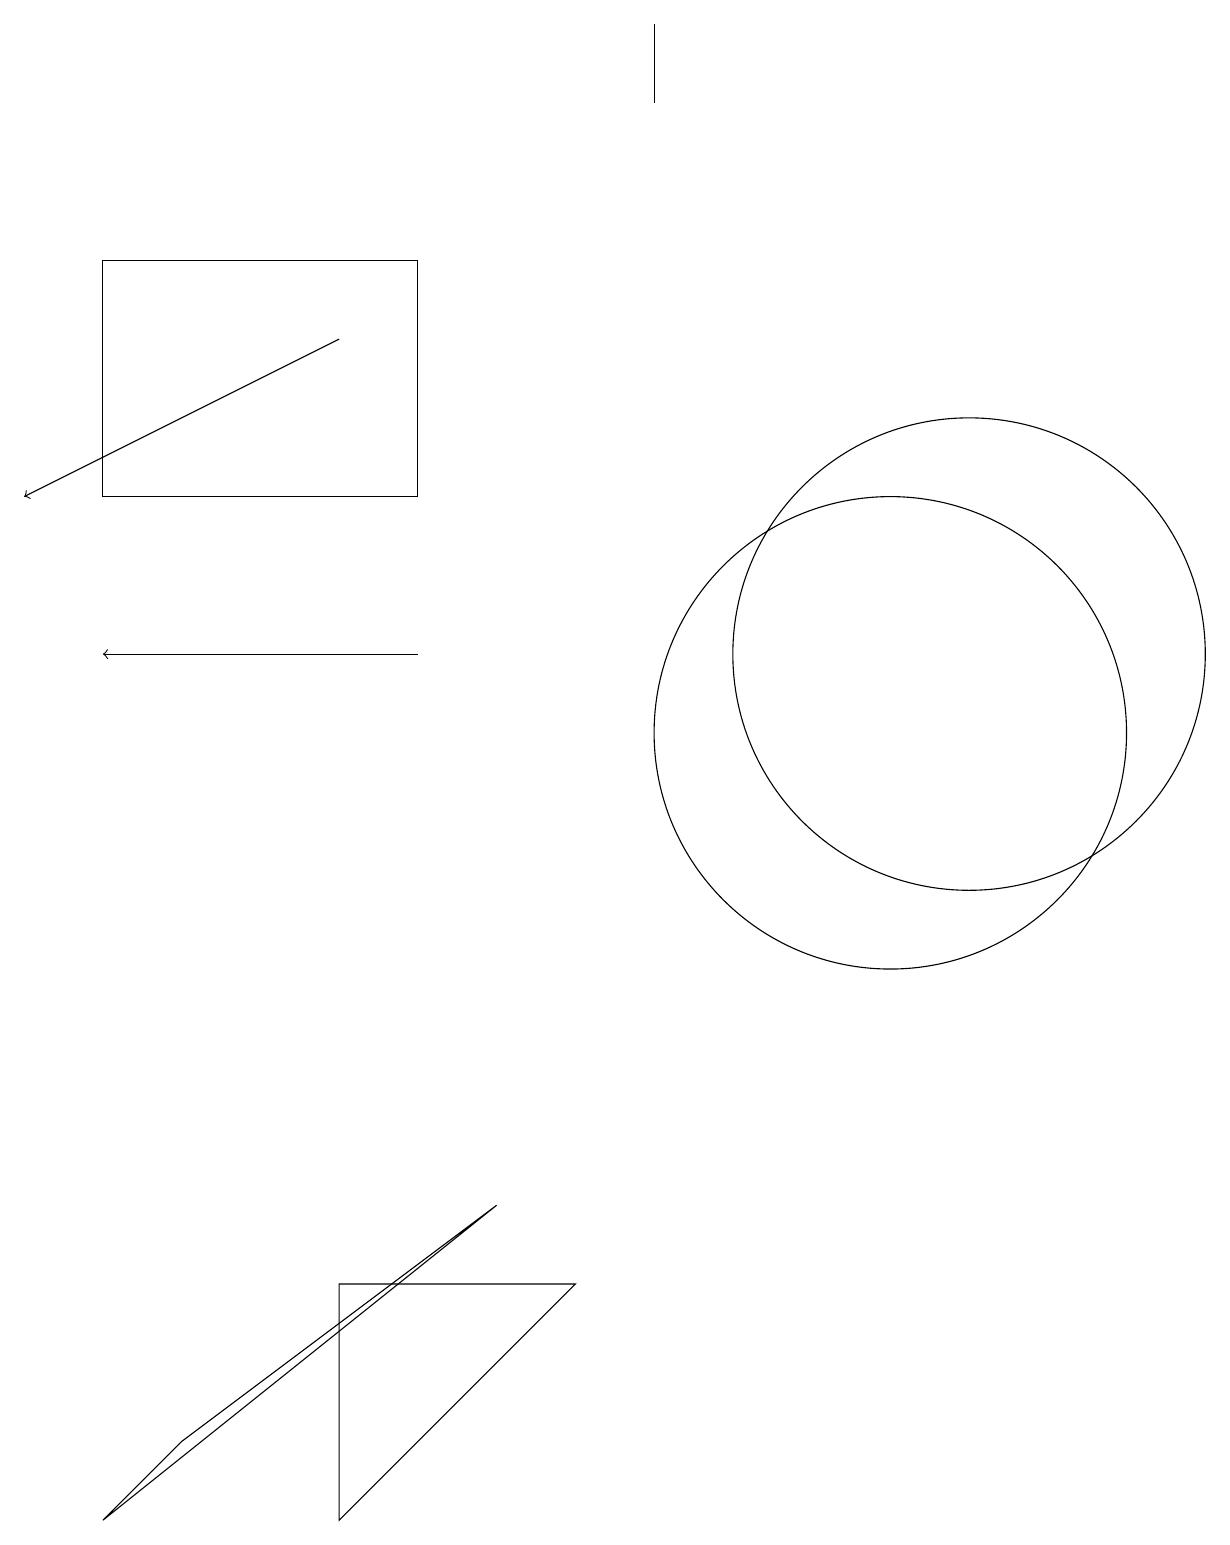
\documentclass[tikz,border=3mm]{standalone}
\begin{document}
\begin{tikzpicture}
\draw (11,10) circle (3);
\draw[->] (5,11) -- (1,11);
\draw (4,3) -- (4,0) -- (7,3) -- cycle;
\draw (1,0) -- (2,1) -- (6,4) -- cycle;
\draw[->] (4,15) -- (0,13);
\draw (5,13) rectangle (1,16);
\draw (8,18) rectangle (8,19);
\draw (12,11) circle (3);
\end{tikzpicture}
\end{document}